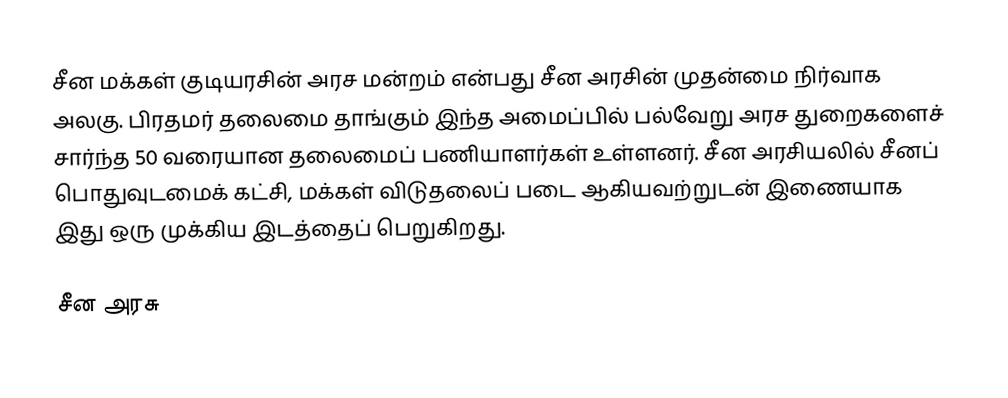
சீன மக்கள் குடியரசின் அரச மன்றம் என்பது சீன அரசின் முதன்மை நிர்வாக அலகு. பிரதமர் தலைமை தாங்கும் இந்த அமைப்பில் பல்வேறு அரச துறைகளைச் சார்ந்த 50 வரையான தலைமைப் பணியாளர்கள் உள்ளனர். சீன அரசியலில் சீனப் பொதுவுடமைக் கட்சி, மக்கள் விடுதலைப் படை ஆகியவற்றுடன் இணையாக இது ஒரு முக்கிய இடத்தைப் பெறுகிறது.

சீன அரசு